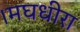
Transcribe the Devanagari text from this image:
।मघधीरा